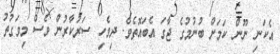
އެކަނި ނޫން ކަަމަށް ބުނުމުގެ ޖާގަ އެބައޮތެވެ. ދިވެހި ސަރުކާރުން ވެސް މިވަގުތު